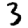
Digit: 3